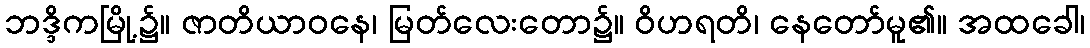
ဘဒ္ဒိကမြို့၌။ ဇာတိယာဝနေ၊ မြတ်လေးတော၌။ ဝိဟရတိ၊ နေတော်မူ၏။ အထခေါ၊